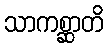
သာကစ္ဆာတိ